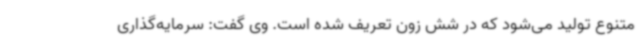
متنوع تولید می‌شود که در شش زون تعریف شده است. وی گفت: سرمایه‌گذاری